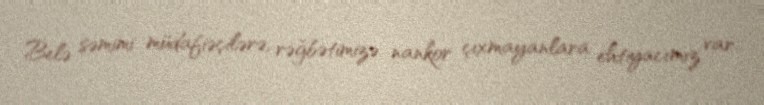
Belə səmimi müdafiəçilərə, rəğbətimizə nankor çıxmayanlara ehtiyacımız var.